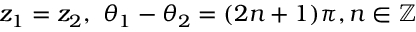
z _ { 1 } = z _ { 2 } , ~ \theta _ { 1 } - \theta _ { 2 } = ( 2 n + 1 ) \pi , n \in \mathbb { Z }